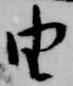
由